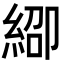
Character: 𬗞